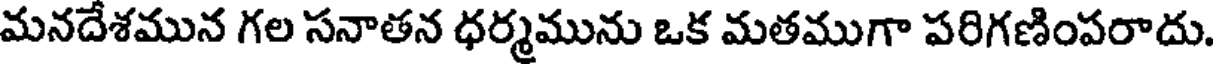
మనదేశమున గల సనాతన ధర్మమును ఒక మతముగా పరిగణింపరాదు.